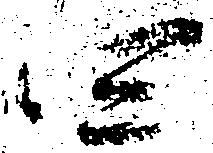
四